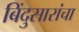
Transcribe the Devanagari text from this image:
बिंदुसारांचा